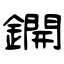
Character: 鐦